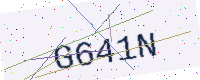
Text: G641N